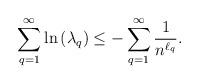
LaTeX: \begin{align*}\sum_{q=1}^{\infty}\ln\left(\lambda_q\right)&\leq-\sum_{q=1}^{\infty}\frac{1}{n^{\ell_q}}.\end{align*}